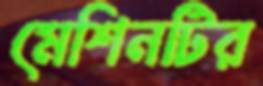
মেশিনটির